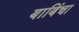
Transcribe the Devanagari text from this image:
बाबिंचा